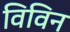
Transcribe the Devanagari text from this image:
विविन